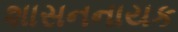
શાસનનાયક